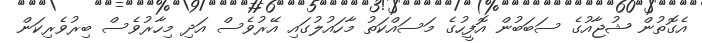
އެގޮތުން ޝުޖާއުގެ ސަބަބުން އޮފީހުގެ މަސައްކަތު މާހައުލުގައި އޭރުވެސް އަދި މިހާރުވެސް ބިރުވެރިކަން